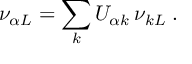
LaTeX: \nu _ { { \alpha } L } = \sum _ { k } U _ { { \alpha } k } \, \nu _ { k L } \; .